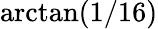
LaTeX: \arctan(1/16)